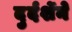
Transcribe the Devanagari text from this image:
दुर्दर्शेने